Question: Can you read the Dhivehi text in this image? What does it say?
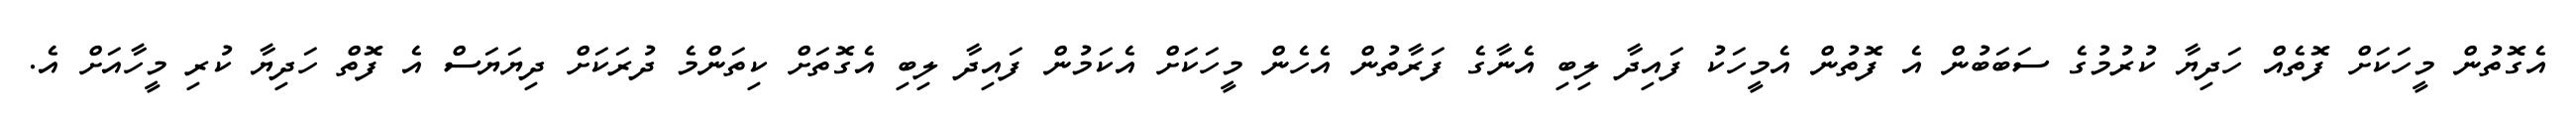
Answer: އެގޮތުން މީހަކަށް ފޮތެއް ހަދިޔާ ކުރުމުގެ ސަބަބުން އެ ފޮތުން އެމީހަކު ފައިދާ ލިބި އެނާގެ ފަރާތުން އެހެން މީހަކަށް އެކަމުން ފައިދާ ލިބި އެގޮތަށް ކިތަންމެ ދުރަކަށް ދިޔަޔަސް އެ ފޮތް ހަދިޔާ ކުރި މީހާއަށް އެ.